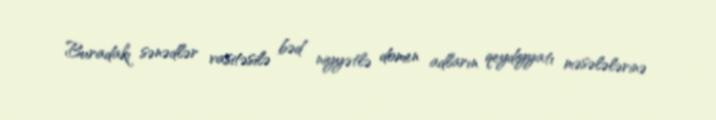
Buradakı sənədlər vasitəsilə bəd niyyətlə domen adların qeydiyyatı məsələlərinə